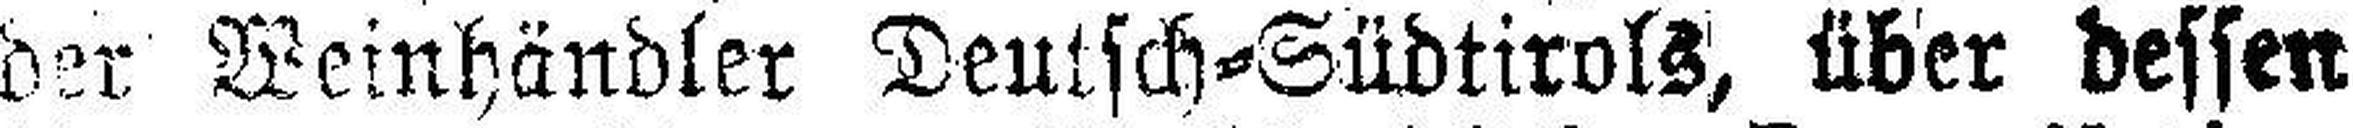
der Weinhändler Deutsch=Südtirols, über dessen